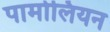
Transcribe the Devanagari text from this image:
पामोलियन